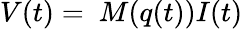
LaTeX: V(t)=\ M(q(t))I(t)